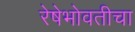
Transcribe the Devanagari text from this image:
रेषेभोवतीचा